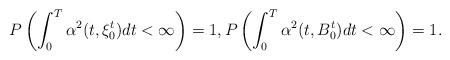
LaTeX: \begin{align*} P\left(\int_0^T \alpha^2(t, \xi_0^t) dt < \infty \right)=1, P\left(\int_0^T \alpha^2(t, B_0^t) dt < \infty\right)=1.\end{align*}